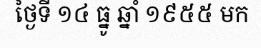
ថ្ងៃទី ១៤ ធ្នូ ឆ្នាំ ១៩៥៥ មក